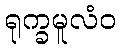
ရုက္ခမူလံဝ